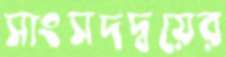
সাংসদদ্বয়ের